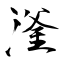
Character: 滏